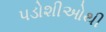
પડોશીઓથી